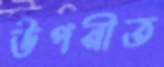
উপনীত